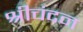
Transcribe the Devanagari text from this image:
श्रीचंदन